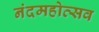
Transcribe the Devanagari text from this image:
नंदमहोत्सव